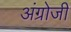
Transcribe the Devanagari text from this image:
अंग्रोजी